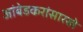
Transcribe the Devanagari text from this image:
आंबेडकरांसारखे